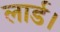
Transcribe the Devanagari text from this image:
लार्ड।